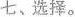
七、选择。